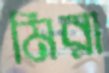
মিরা